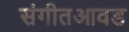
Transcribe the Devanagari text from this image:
संगीतआवड